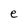
Character: e